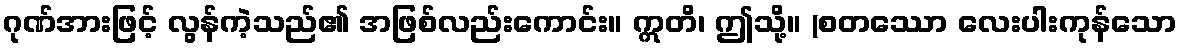
ဂုဏ်အားဖြင့် လွန်ကဲ့သည်၏ အဖြစ်လည်းကောင်း။ ဣတိ၊ ဤသို့။ (စတဿော လေးပါးကုန်သော